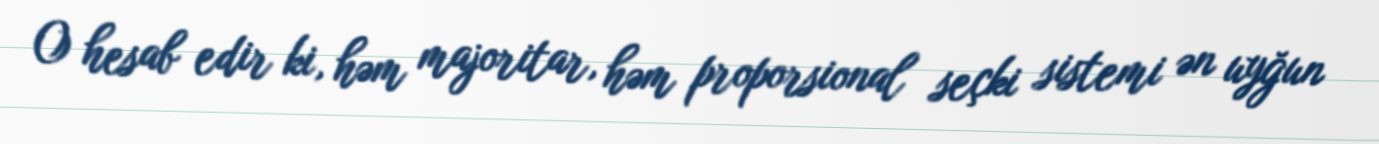
O hesab edir ki, həm majoritar, həm proporsional seçki sistemi ən uyğun